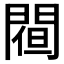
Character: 𨵀